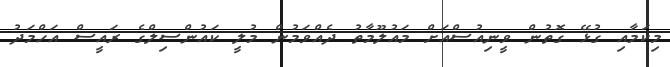
މިކަމާއި ގުޅޭ ގޮތުން ވީނިއުސްއަށް މައުލޫމާތު ދެއްވަމުން މުލީ ކައުންސިލްގެ ރައީސް އަހްމަދު